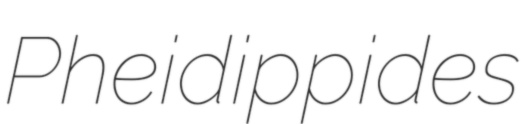
Pheidippides